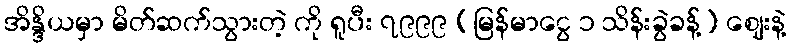
အိန္ဒိယမှာ မိတ်ဆက်သွားတဲ့ ကို ရူပီး ၇၉၉၉ (မြန်မာငွေ ၁ သိန်းခွဲခန့်) ဈေးနဲ့